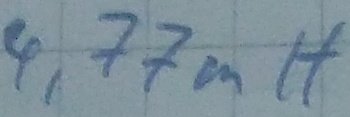
Text: 4,77mH